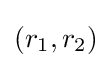
(r_{1},r_{2})